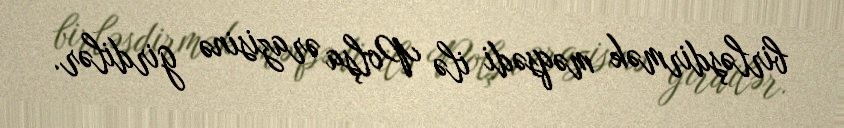
birləşdirmək məqsədi ilə Polşa ərazisinə girdilər.